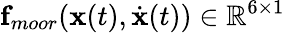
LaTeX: \mathbf{f}_{moor}(\mathbf{x}(t),\dot{\mathbf{x}}(t))\in\mathbb{R}^{6\times 1}